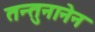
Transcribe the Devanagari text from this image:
तन्तुनानेन